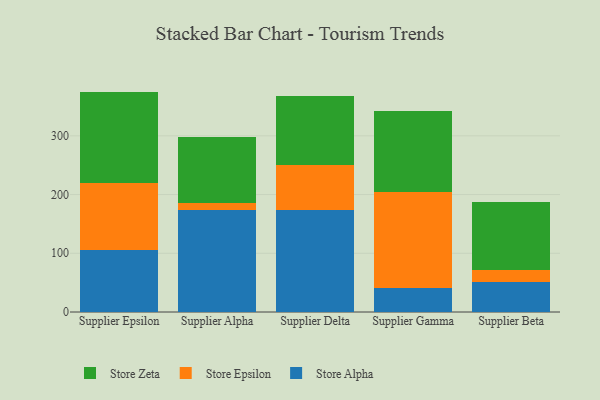
{"axis": {"x": "Supplier", "y": "Market Share (%)"}, "legend": ["Store Alpha", "Store Epsilon", "Store Zeta"], "data": [{"x": "Supplier Epsilon", "y": 105.9, "type": "Store Alpha"}, {"x": "Supplier Epsilon", "y": 113.0, "type": "Store Epsilon"}, {"x": "Supplier Epsilon", "y": 156.4, "type": "Store Zeta"}, {"x": "Supplier Alpha", "y": 174.4, "type": "Store Alpha"}, {"x": "Supplier Alpha", "y": 10.7, "type": "Store Epsilon"}, {"x": "Supplier Alpha", "y": 112.9, "type": "Store Zeta"}, {"x": "Supplier Delta", "y": 173.9, "type": "Store Alpha"}, {"x": "Supplier Delta", "y": 75.7, "type": "Store Epsilon"}, {"x": "Supplier Delta", "y": 118.5, "type": "Store Zeta"}, {"x": "Supplier Gamma", "y": 41.7, "type": "Store Alpha"}, {"x": "Supplier Gamma", "y": 162.9, "type": "Store Epsilon"}, {"x": "Supplier Gamma", "y": 138.1, "type": "Store Zeta"}, {"x": "Supplier Beta", "y": 51.6, "type": "Store Alpha"}, {"x": "Supplier Beta", "y": 19.6, "type": "Store Epsilon"}, {"x": "Supplier Beta", "y": 116.7, "type": "Store Zeta"}]}